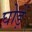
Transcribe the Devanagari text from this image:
घोड़ें